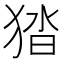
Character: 㹺